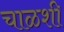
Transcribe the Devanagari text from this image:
चाळशी